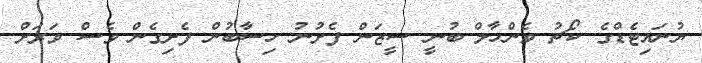
ޔުނައިޓެޑްގެ ކޯޗު ވެންހާލް ބުނީ ސީޒަން ފެށުނު ހިސާބުން ފެށިގެން ވެސް ވަރަށް